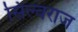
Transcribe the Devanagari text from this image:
सिल्वराज